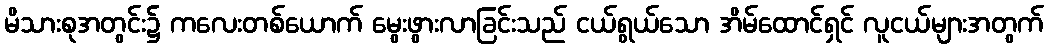
မိသားစုအတွင်း၌ ကလေးတစ်ယောက် မွေးဖွားလာခြင်းသည် ငယ်ရွယ်သော အိမ်ထောင်ရှင် လူငယ်များအတွက်